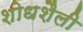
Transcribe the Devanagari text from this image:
शोधशैली